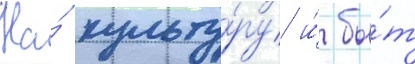
На́ культу́ру и́ бы́т